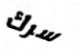
سرك